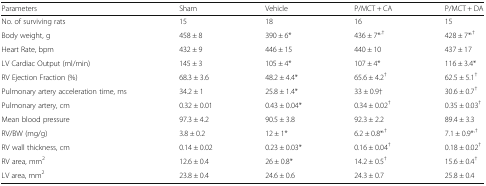
<table><thead><tr><td><b>Parameters</b></td><td><b>Sham</b></td><td><b>Vehicle</b></td><td><b>P/MCT + CA</b></td><td><b>P/MCT + DA</b></td></tr></thead><tbody><tr><td>No. of surviving rats</td><td>15</td><td>18</td><td>16</td><td>15</td></tr><tr><td>Body weight, g</td><td>458 ± 8</td><td>390 ± 6*</td><td>436 ± 7*<sup>,†</sup></td><td>428 ± 7*<sup>,†</sup></td></tr><tr><td>Heart Rate, bpm</td><td>432 ± 9</td><td>446 ± 15</td><td>440 ± 10</td><td>437 ± 17</td></tr><tr><td>LV Cardiac Output (ml/min)</td><td>145 ± 3</td><td>105 ± 4*</td><td>107 ± 4*</td><td>116 ± 3.4*</td></tr><tr><td>RV Ejection Fraction (%)</td><td>68.3 ± 3.6</td><td>48.2 ± 4.4*</td><td>65.6 ± 4.2<sup>†</sup></td><td>62.5 ± 5.1<sup>†</sup></td></tr><tr><td>Pulmonary artery acceleration time, ms</td><td>34.2 ± 1</td><td>25.8 ± 1.4*</td><td>33 ± 0.9†</td><td>30.6 ± 0.7<sup>†</sup></td></tr><tr><td>Pulmonary artery, cm</td><td>0.32 ± 0.01</td><td>0.43 ± 0.04*</td><td>0.34 ± 0.02<sup>†</sup></td><td>0.35 ± 0.03<sup>†</sup></td></tr><tr><td>Mean blood pressure</td><td>97.3 ± 4.2</td><td>90.5 ± 3.8</td><td>92.3 ± 2.2</td><td>89.4 ± 3.3</td></tr><tr><td>RV/BW (mg/g)</td><td>3.8 ± 0.2</td><td>12 ± 1*</td><td>6.2 ± 0.8*<sup>,†</sup></td><td>7.1 ± 0.9*<sup>,†</sup></td></tr><tr><td>RV wall thickness, cm</td><td>0.14 ± 0.02</td><td>0.23 ± 0.03*</td><td>0.16 ± 0.04<sup>†</sup></td><td>0.18 ± 0.02<sup>†</sup></td></tr><tr><td>RV area, mm<sup>2</sup></td><td>12.6 ± 0.4</td><td>26 ± 0.8*</td><td>14.2 ± 0.5<sup>†</sup></td><td>15.6 ± 0.4<sup>†</sup></td></tr><tr><td>LV area, mm<sup>2</sup></td><td>23.8 ± 0.4</td><td>24.6 ± 0.6</td><td>24.3 ± 0.7</td><td>25.8 ± 0.4</td></tr></tbody></table>